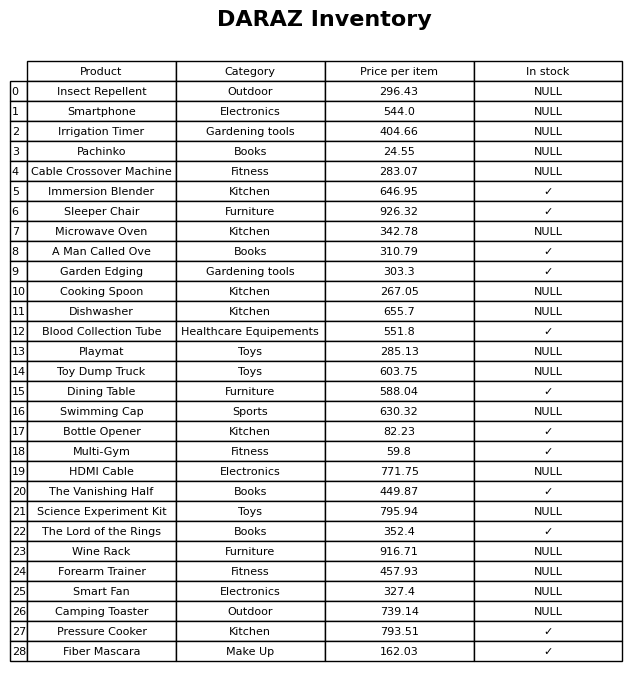
question: What category does the Cable Crossover Machine belong to?
answer: Fitness